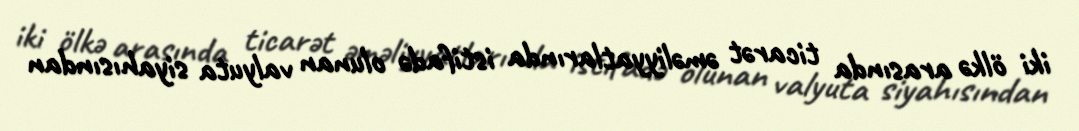
iki ölkə arasında ticarət əməliyyatlarında istifadə olunan valyuta siyahısından